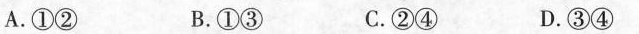
A.①② B.①③ C.②④ D.③④